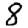
Digit: 8